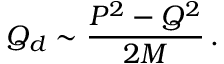
{ \cal Q } _ { d } \sim \frac { P ^ { 2 } - Q ^ { 2 } } { 2 M } \, .